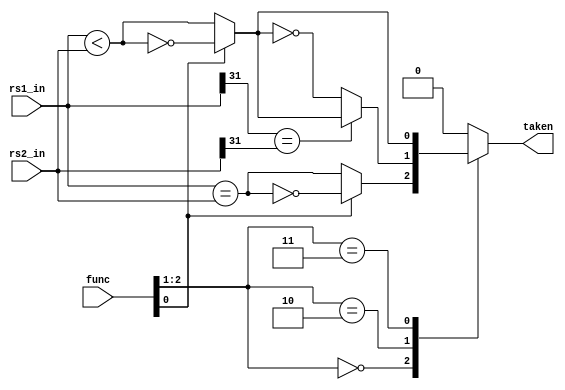
module BRANCH #(
  parameter DWIDTH = 32
) (
  input [DWIDTH - 1:0] rs1_in,
  input [DWIDTH - 1:0] rs2_in,
  input [2:0] func,
  output reg taken
);

  wire equal_res = (rs1_in == rs2_in);
  wire less_res = (rs1_in < rs2_in);

  wire equal_taken = func[0] == 1'b0 ? equal_res : !equal_res;
  wire unsigned_less_taken = func[0] == 1'b0 ? less_res : !less_res;
  wire signed_less_taken = (rs1_in[31] == rs2_in[31]) ? unsigned_less_taken : !unsigned_less_taken;

  always @(*) begin
    case (func[2:1])
      2'b00:  taken = equal_taken;
      2'b10:  taken = signed_less_taken;
      2'b11:  taken = unsigned_less_taken;
      default:   taken = 1'b0;
    endcase
  end

endmodule